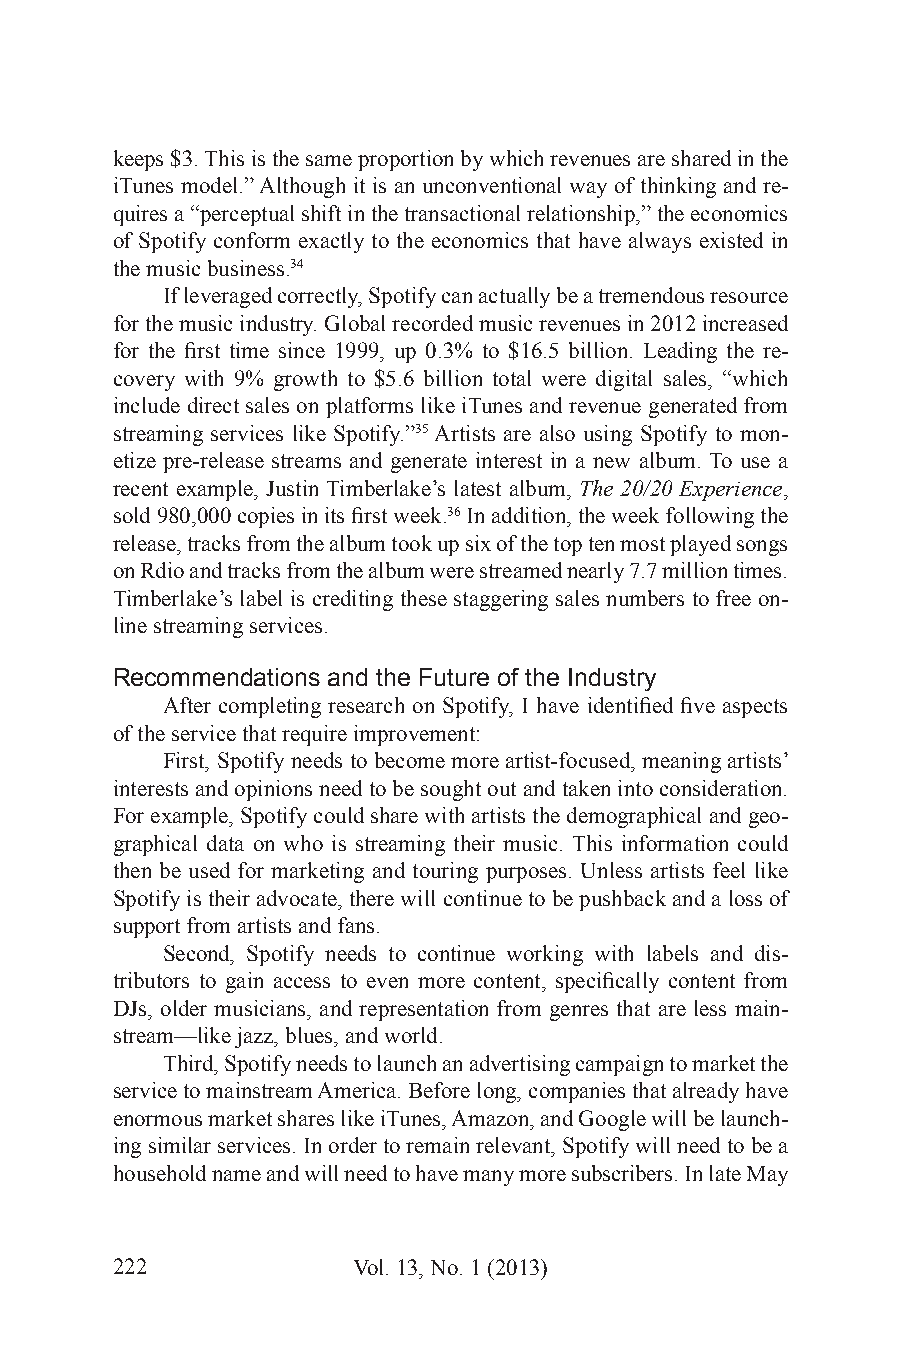
keeps $3. This is the same proportion by which revenues are shared in the
 iTunes model.” Although it is an unconventional way of thinking and re-
 quires a “perceptual shift in the transactional relationship,” the economics
 of Spotify conform exactly to the economics that have always existed in
 the music business.34
 If leveraged correctly, Spotify can actually be a tremendous resource
 for the music industry. Global recorded music revenues in 2012 increased
 for the first time since 1999, up 0.3% to $16.5 billion. Leading the re-
 covery with 9% growth to $5.6 billion total were digital sales, “which
 include direct sales on platforms like iTunes and revenue generated from
 streaming services like Spotify.”35 Artists are also using Spotify to mon-
 etize pre-release streams and generate interest in a new album. To use a
 recent example, Justin Timberlake’s latest album, The 20/20 Experience,
 sold 980,000 copies in its first week.36 In addition, the week following the
 release, tracks from the album took up six of the top ten most played songs
 on Rdio and tracks from the album were streamed nearly 7.7 million times.
 Timberlake’s label is crediting these staggering sales numbers to free on-
 line streaming services.
 Recommendations and the Future of the Industry
 After completing research on Spotify, I have identified five aspects
 of the service that require improvement:
 First, Spotify needs to become more artist-focused, meaning artists’
 interests and opinions need to be sought out and taken into consideration.
 For example, Spotify could share with artists the demographical and geo-
 graphical data on who is streaming their music. This information could
 then be used for marketing and touring purposes. Unless artists feel like
 Spotify is their advocate, there will continue to be pushback and a loss of
 support from artists and fans.
 Second, Spotify needs to continue working with labels and dis-
 tributors to gain access to even more content, specifically content from
 DJs, older musicians, and representation from genres that are less main-
 stream—like jazz, blues, and world.
 Third, Spotify needs to launch an advertising campaign to market the
 service to mainstream America. Before long, companies that already have
 enormous market shares like iTunes, Amazon, and Google will be launch-
 ing similar services. In order to remain relevant, Spotify will need to be a
 household name and will need to have many more subscribers. In late May
 222             Vol. 13, No. 1 (2013)